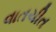
વાતચીત